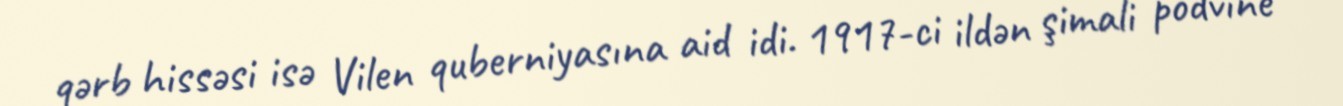
qərb hissəsi isə Vilen quberniyasına aid idi. 1917-ci ildən şimali podvine